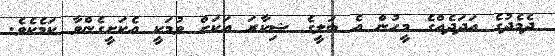
ދެމެދުގެ އަދަދެއްގެ މީހުން އެ ބަލީގެ ޝިކާރަ އަކަށް ވުމަކީ އެކަށީގެންވާ ކަމެކެވެ.